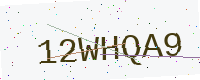
Text: 12WHQA9